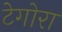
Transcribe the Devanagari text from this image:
टेगोरा